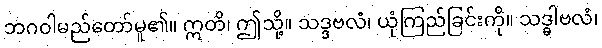
ဘဂဝါမည်တော်မူ၏။ ဣတိ၊ ဤသို့။ သဒ္ဒဗလံ၊ ယုံကြည်ခြင်းကို။ သဒ္ဓါဗလံ၊